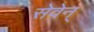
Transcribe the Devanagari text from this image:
सेवेन्